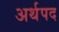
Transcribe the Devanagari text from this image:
अर्थपद